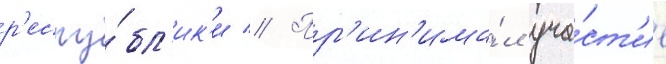
р'еспу́бл'ик'и // Пр'ин'има́л уча́ст'ие